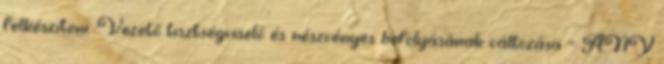
felkészíteni. Vezető tisztségviselő és részvényes befolyásának változása – ANY